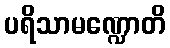
ပရိသာမဏ္ဍောတိ